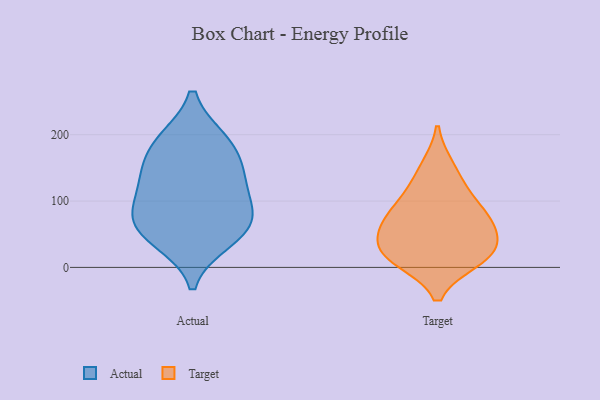
{"axis": {"x": "Page Views", "y": "Value"}, "legend": ["Actual", "Target"], "data": [{"x": "", "y": 125, "type": "Actual"}, {"x": "", "y": 191, "type": "Actual"}, {"x": "", "y": 52, "type": "Actual"}, {"x": "", "y": 89, "type": "Actual"}, {"x": "", "y": 136, "type": "Actual"}, {"x": "", "y": 191, "type": "Actual"}, {"x": "", "y": 65, "type": "Actual"}, {"x": "", "y": 80, "type": "Actual"}, {"x": "", "y": 156, "type": "Actual"}, {"x": "", "y": 41, "type": "Actual"}, {"x": "", "y": 16, "type": "Target"}, {"x": "", "y": 67, "type": "Target"}, {"x": "", "y": 12, "type": "Target"}, {"x": "", "y": 21, "type": "Target"}, {"x": "", "y": 72, "type": "Target"}, {"x": "", "y": 116, "type": "Target"}, {"x": "", "y": 89, "type": "Target"}, {"x": "", "y": 54, "type": "Target"}, {"x": "", "y": 151, "type": "Target"}, {"x": "", "y": 28, "type": "Target"}]}